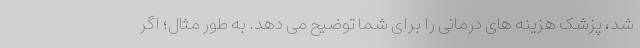
شد، پزشک هزینه های درمانی را برای شما توضیح می دهد. به طور مثال؛ اگر